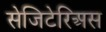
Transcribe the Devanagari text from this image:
सेजिटेरिअस